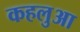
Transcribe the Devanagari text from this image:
कहलुआ